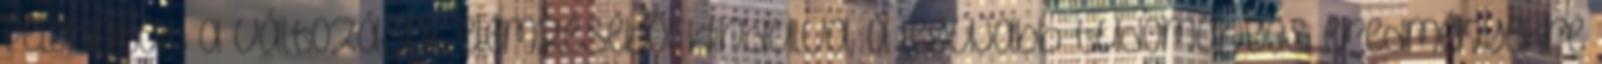
feladatait a változások elemzéséből kiindulva, a legújabb tudományos eredményekre